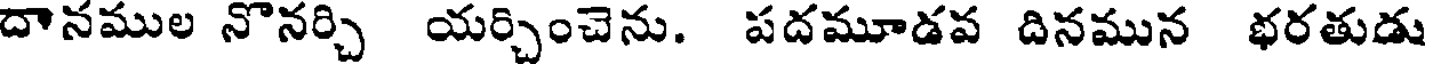
దానముల నొనర్చి యర్చించెను. పదమూడవ దినమున భరతుడు